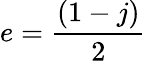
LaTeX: e=\frac{(1-j)}{2}